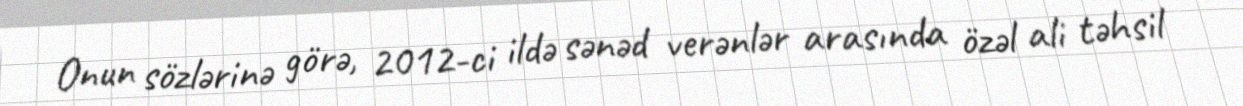
Onun sözlərinə görə, 2012-ci ildə sənəd verənlər arasında özəl ali təhsil